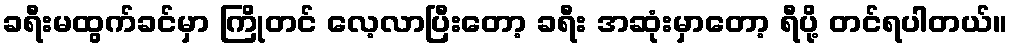
ခရီးမထွက်ခင်မှာ ကြိုတင် လေ့လာပြီးတော့ ခရီး အဆုံးမှာတော့ ရီပို့ တင်ရပါတယ်။